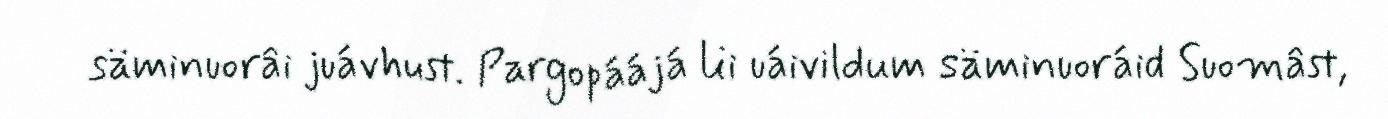
säminuorâi juávhust. Pargopáájá lii uáivildum säminuoráid Suomâst,